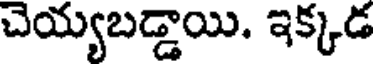
చెయ్యబడ్డాయి. ఇక్కడ